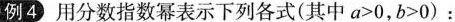
例4用分数指数幂表示下列各式(其中$$a > 0$$，$$b > 0$$)：